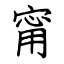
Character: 甯